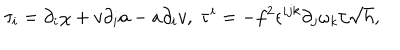
\tau _ { i } = \partial _ { i } \chi + v \partial _ { i } a - a \partial _ { i } v , \; \tau ^ { i } = - f ^ { 2 } \epsilon ^ { i j k } \partial _ { j } \omega _ { k } / \sqrt { h } ,